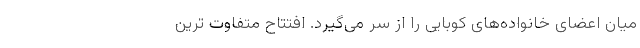
میان اعضای خانواده‌های کوبایی را از سر می‌گیرد. افتتاح متفاوت ترین